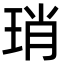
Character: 琑